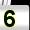
Digit: 5